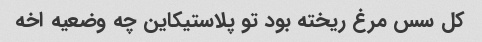
کل سس مرغ ریخته بود تو پلاستیکاین چه وضعیه اخه